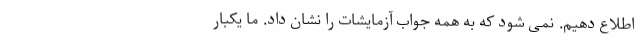
اطلاع دهیم. نمی شود که به همه جواب آزمایشات را نشان داد. ما یکبار